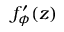
f _ { \phi } ^ { \prime } ( z )